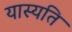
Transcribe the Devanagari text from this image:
यास्यति